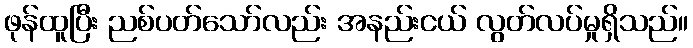
ဖုန်ထူပြီး ညစ်ပတ်သော်လည်း အနည်းငယ် လွတ်လပ်မှုရှိသည်။